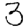
Digit: 3